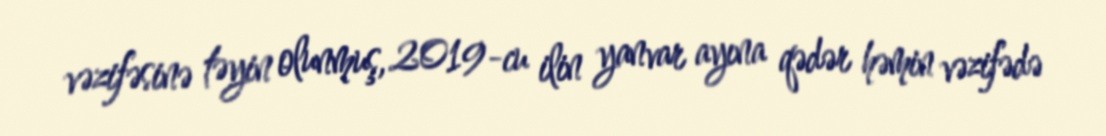
vəzifəsinə təyin olunmuş, 2019-cu ilin yanvar ayına qədər həmin vəzifədə